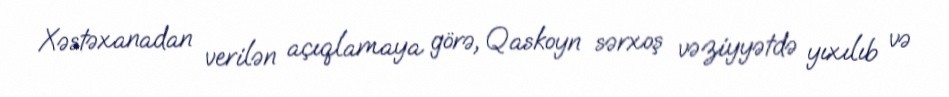
Xəstəxanadan verilən açıqlamaya görə, Qaskoyn sərxoş vəziyyətdə yıxılıb və